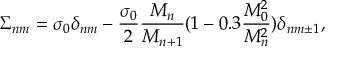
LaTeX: \Sigma _ { n m } = \sigma _ { 0 } \delta _ { n m } - \frac { \sigma _ { 0 } } { 2 } \frac { M _ { n } } { M _ { n + 1 } } ( 1 - 0 . 3 \frac { M _ { 0 } ^ { 2 } } { M _ { n } ^ { 2 } } ) \delta _ { n m \pm 1 } ,